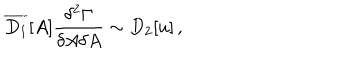
LaTeX: \overline { { { D _ { 1 } } } } [ A ] \frac { \delta ^ { 2 } \Gamma } { \delta A \delta A } \sim D _ { 2 } [ u ] \, ,